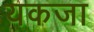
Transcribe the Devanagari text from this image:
यकजा